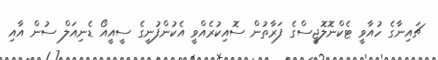
ޗައިނާގެ ހުއާވީ ޓެކްނޮލޮޖީސްގެ ފަރާތުން ސޮއިކުރެއްވީ އެކުންފުނީގެ ސީއީއޯ ޑެނިއަލް ސުން އާއި